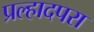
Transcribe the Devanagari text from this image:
प्रल्हादपरा